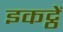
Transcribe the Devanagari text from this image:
इकट्ठें